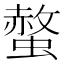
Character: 螫